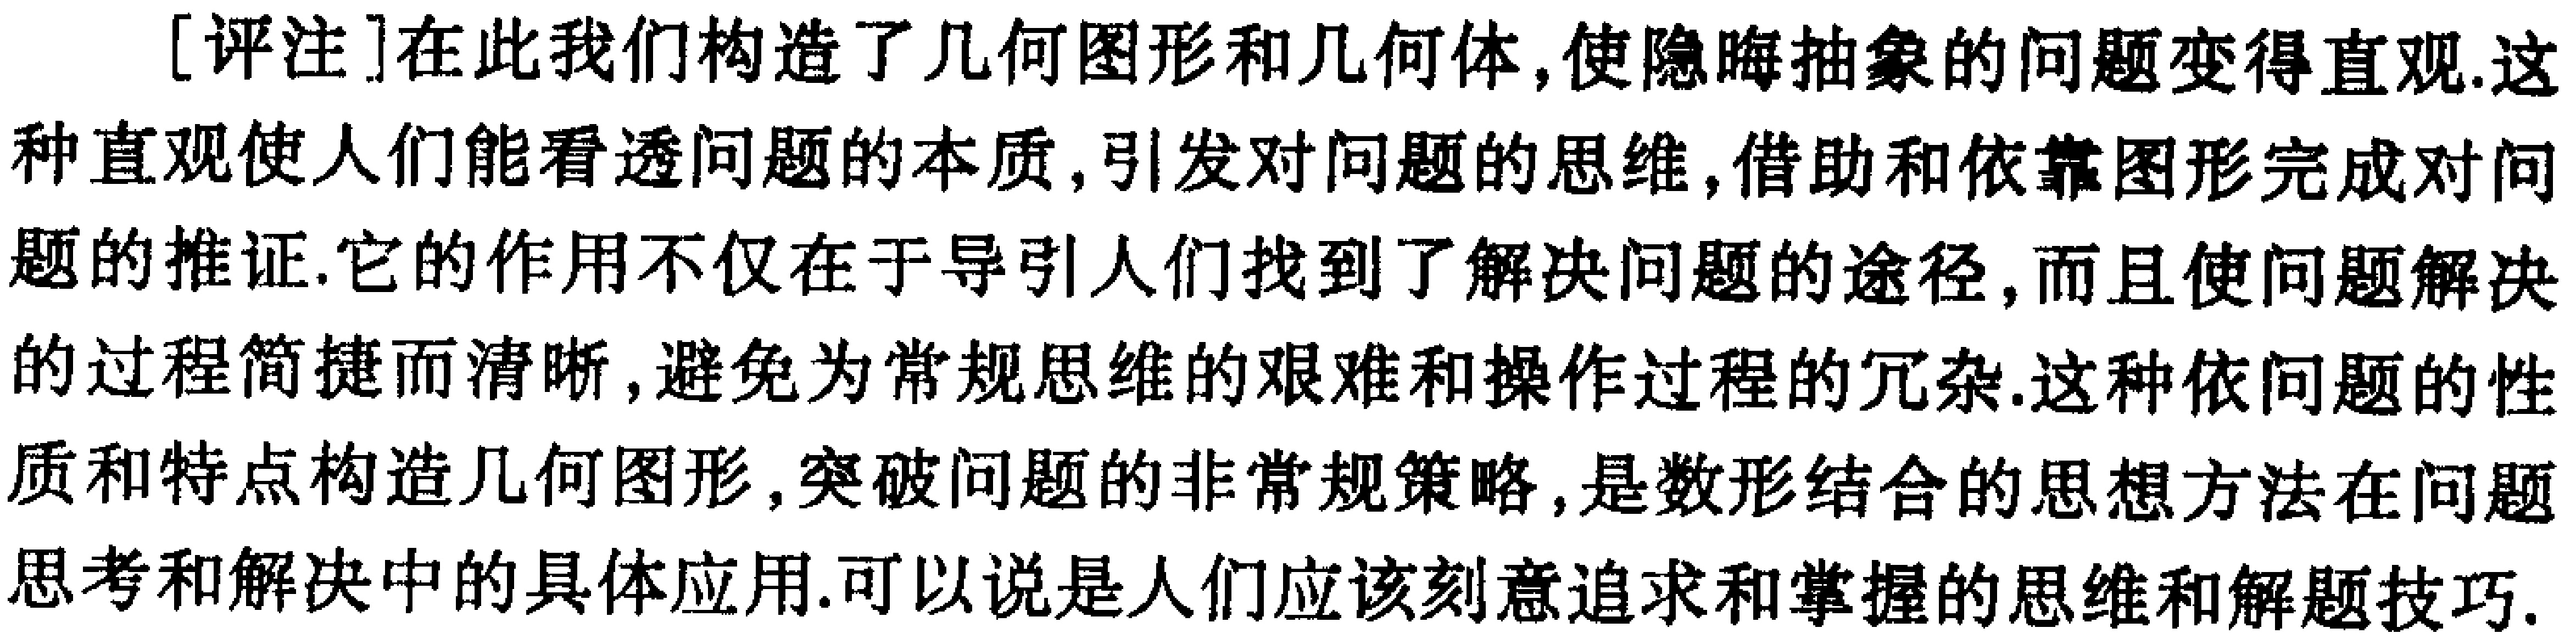
[评注]在此我们构造了几何图形和几何体,使隐晦抽象的问题变得直观.这种直观使人们能看透问题的本质,引发对问题的思维,借助和依靠图形完成对问题的推证.它的作用不仅在于导引人们找到了解决问题的途径,而且使问题解决的过程简捷而清晰,避免为常规思维的艰难和操作过程的冗杂.这种依问题的性质和特点构造几何图形,突破问题的非常规策略,是数形结合的思想方法在问题思考和解决中的具体应用.可以说是人们应该刻意追求和掌握的思维和解题技巧.